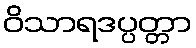
ဝိသာရဒပ္ပတ္တာ